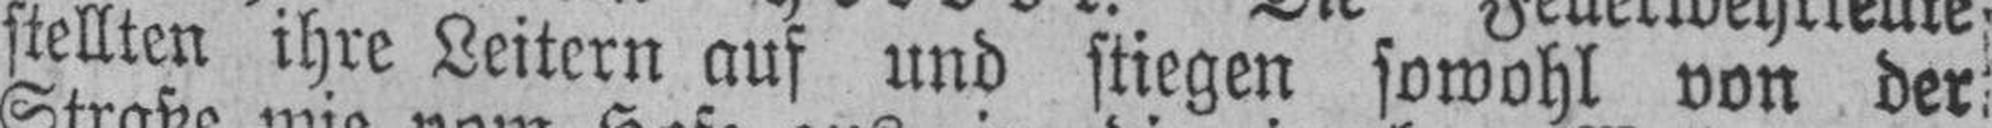
stellten ihre Leitern auf und stiegen sowohl von der